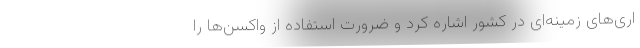
اری‌های زمینه‌ای در کشور اشاره کرد و ضرورت استفاده از واکسن‌ها را